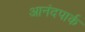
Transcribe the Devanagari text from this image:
आनंदपार्क